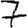
Digit: 7